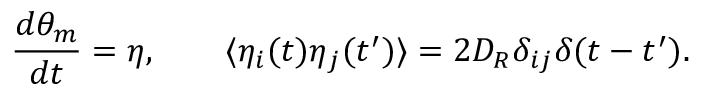
\frac { d \theta _ { m } } { d t } = \eta , \; \; \; \; \; \; \; \langle \eta _ { i } ( t ) \eta _ { j } ( t ^ { \prime } ) \rangle = 2 D _ { R } \delta _ { i j } \delta ( t - t ^ { \prime } ) .